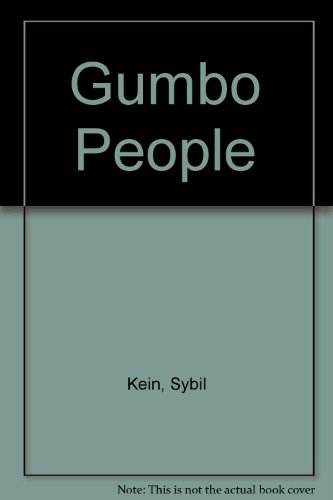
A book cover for Gumbo People: Louisiana Creole, English, Spanish, French, Haitian Creole; Mary Gehman; Travel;